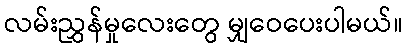
လမ်းညွှန်မှုလေးတွေ မျှဝေပေးပါမယ်။